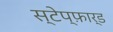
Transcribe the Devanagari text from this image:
स्टेप्फ़ार्ड